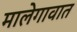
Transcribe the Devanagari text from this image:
मालेगावात